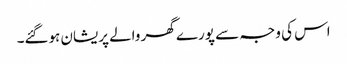
اس کی وجہ سے پورے گھر والے پریشان ہوگئے۔